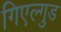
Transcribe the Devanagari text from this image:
गिएल्गुड